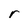
Character: r